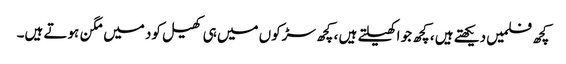
کچھ فلمیں دیکھتے ہیں ، کچھ جو اکھیلتے ہیں ، کچھ سڑکوں میں ہی کھیل کود میں مگن ہوتے ہیں۔